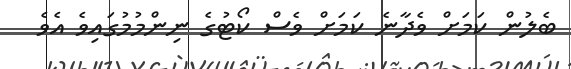
ބެލުން ކަމަށް ވެދާނެ ކަމަށް ވެސް ކޯޓުގެ ނިންމުމުގައިވެ އެވެ